Lunatic asylums Punjab 1895-1910 - 1895-1910
Year: 1895
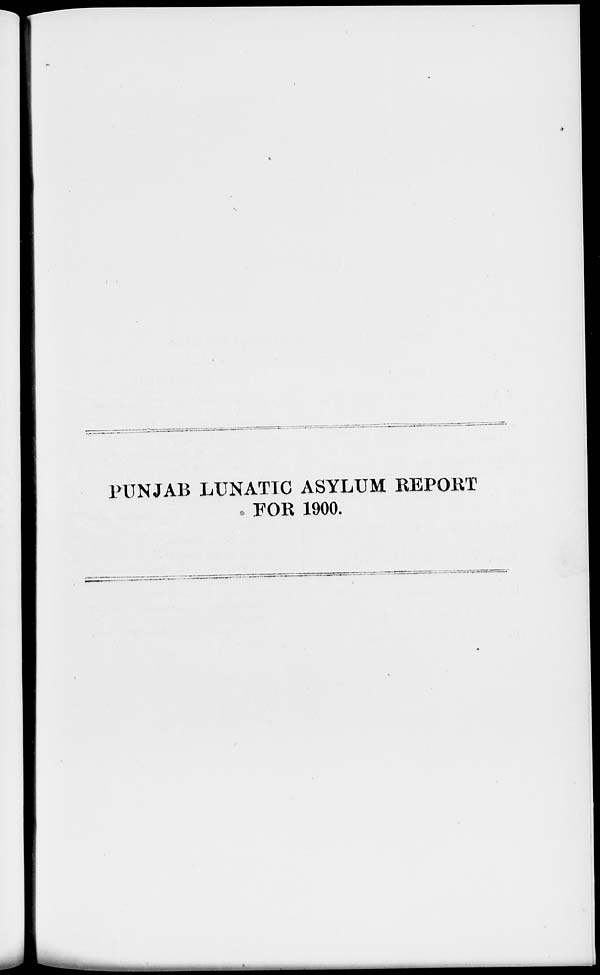
PUNJAB LUNATIC ASYLUM REPORT
FOR 1900.